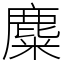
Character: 麋